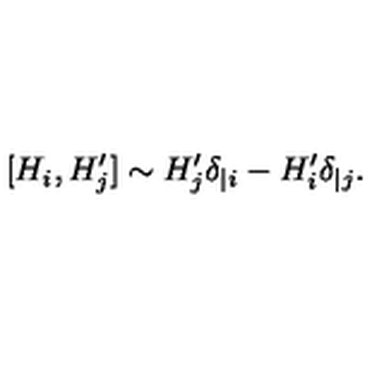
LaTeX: [ H _ { i } , H _ { j } ^ { \prime } ] \sim H _ { j } ^ { \prime } \delta _ { | i } - H _ { i } ^ { \prime } \delta _ { | j } .